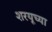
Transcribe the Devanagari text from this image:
शरयूच्या